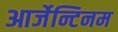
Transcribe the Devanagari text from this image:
आर्जेन्टिनम